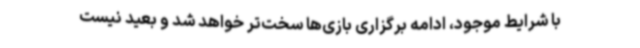
با شرایط موجود، ادامه برگزاری بازی‌ها سخت‌تر خواهد شد و بعید نیست